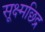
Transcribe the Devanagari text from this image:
सूक्ष्मछिद्र